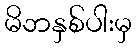
မိဘနှစ်ပါးမှ